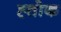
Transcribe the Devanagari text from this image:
ह्तोक